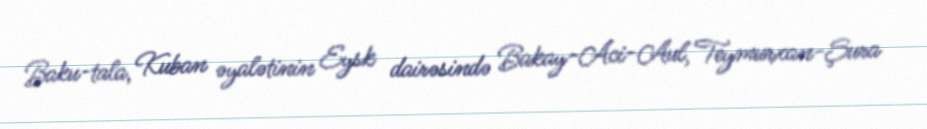
Baku-tala, Kuban əyalətinin Eysk dairəsində Bakay-Aci-Aul, Teymurxan-Şura